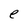
Character: e